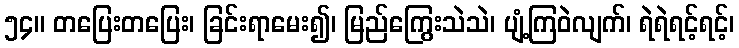
၅၄။ တပြေးတပြေး၊ ခြင်းရာမေး၍၊ မြည်ကြွေးသဲသဲ၊ ပျံ့ကြဝဲလျက်၊ ရဲရဲရင့်ရင့်၊